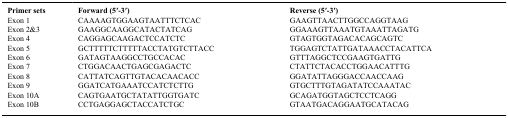
<table><thead><tr><td><b>Primer sets</b></td><td><b>Forward (5′-3′)</b></td><td><b>Reverse (5′-3′)</b></td></tr></thead><tbody><tr><td>Exon 1</td><td>CAAAAGTGGAAGTAATTTCTCAC</td><td>GAAGTTAACTTGGCCAGGTAAG</td></tr><tr><td>Exon 2&amp;3</td><td>GAAGGCAAGGCATACTATCAG</td><td>GGAAAGTTAAATGTAAATTAGATG</td></tr><tr><td>Exon 4</td><td>CAGGAGCAAGACTCCATCTC</td><td>GTAGTGGTAGACACAGCAGTC</td></tr><tr><td>Exon 5</td><td>GCTTTTTCTTTTTACCTATGTCTTACC</td><td>TGGAGTCTATTGATAAACCTACATTCA</td></tr><tr><td>Exon 6</td><td>GATAGTAAGGCCTGCCACAC</td><td>GTTTAGGCTCCGAAGTGATTG</td></tr><tr><td>Exon 7</td><td>CTGGACAACTGAGCGAGACTC</td><td>CTATTCTACACCTGGAACATTTG</td></tr><tr><td>Exon 8</td><td>CATTATCAGTTGTACACAACACC</td><td>GGATATTAGGGACCAACCAAG</td></tr><tr><td>Exon 9</td><td>GGATCATGAAATCCATCTCTTG</td><td>GTGCTTTGTAGATATCCAAATAC</td></tr><tr><td>Exon 10A</td><td>CAGTGAATGCTATATTGGTGATC</td><td>GCAGATGGTAGCTCCTCAGG</td></tr><tr><td>Exon 10B</td><td>CCTGAGGAGCTACCATCTGC</td><td>GTAATGACAGGAATGCATACAG</td></tr></tbody></table>